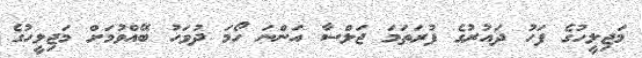
މަޖިލީހުގެ ފަހު ދައުރުގެ ފުރަތަމަ ޖަލްސާ އަންނަ ހޯމަ ދުވަހު ބޭއްވުމަށް މަޖިލީހުގެ